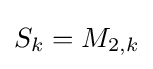
S_{k}=M_{2,k}